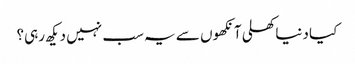
کیا دنیاکھلی آنکھوں سے یہ سب نہیں دیکھ رہی؟